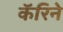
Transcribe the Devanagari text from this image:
कॅरिने